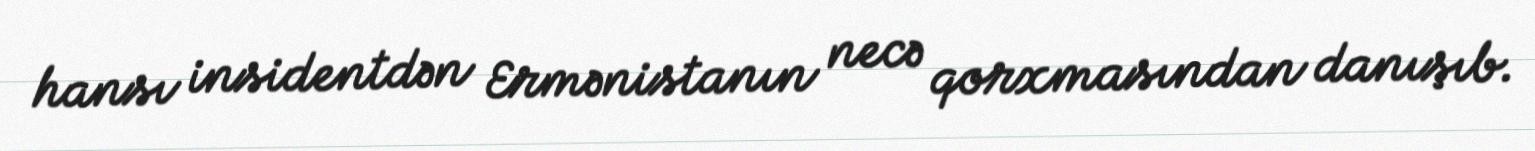
hansı insidentdən Ermənistanın necə qorxmasından danışıb.